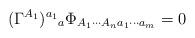
LaTeX: \begin{align*}(\Gamma ^{A_1})^{a_1}{}_a\Phi _{A_1\cdots A_na_1\cdots a_m}=0\end{align*}